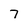
Character: 7